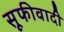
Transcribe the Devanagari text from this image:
सूफीवादी